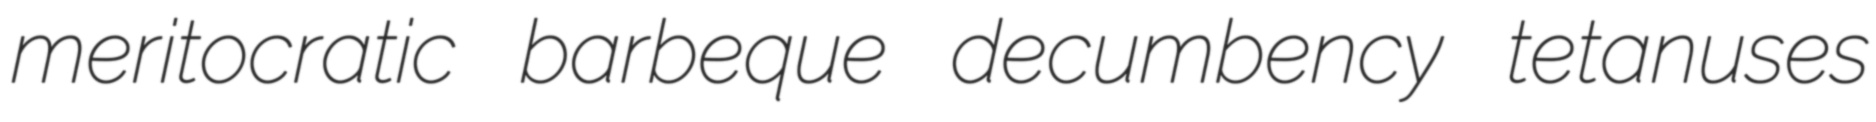
meritocratic barbeque decumbency tetanuses